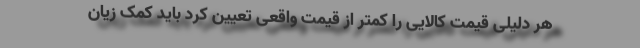
هر دلیلی قیمت کالایی را کمتر از قیمت واقعی تعیین کرد باید کمک زیان